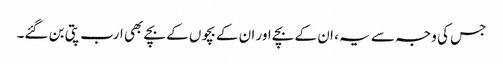
جس کی وجہ سے یہ ، ان کے بچے اور ان کے بچوں کے بچے بھی ارب پتی بن گئے۔